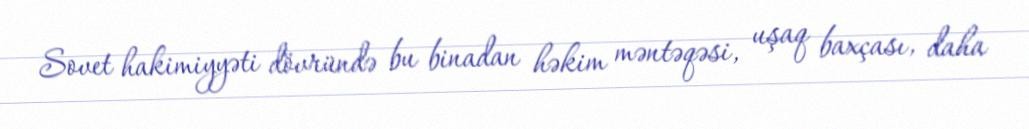
Sovet hakimiyyəti dövründə bu binadan həkim məntəqəsi, uşaq baxçası, daha